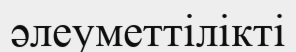
әлеуметтілікті